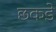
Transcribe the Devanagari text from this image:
छकडे